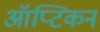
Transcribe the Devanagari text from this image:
ऑप्टिकन